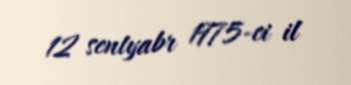
12 sentyabr 1975-ci il